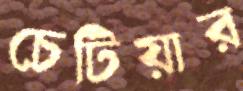
চেটিয়ার